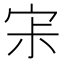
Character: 𡧯